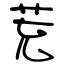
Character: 茺